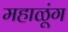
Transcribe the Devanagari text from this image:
महाळूंग